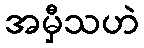
အမှီသဟဲ